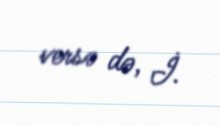
versə də, İ.